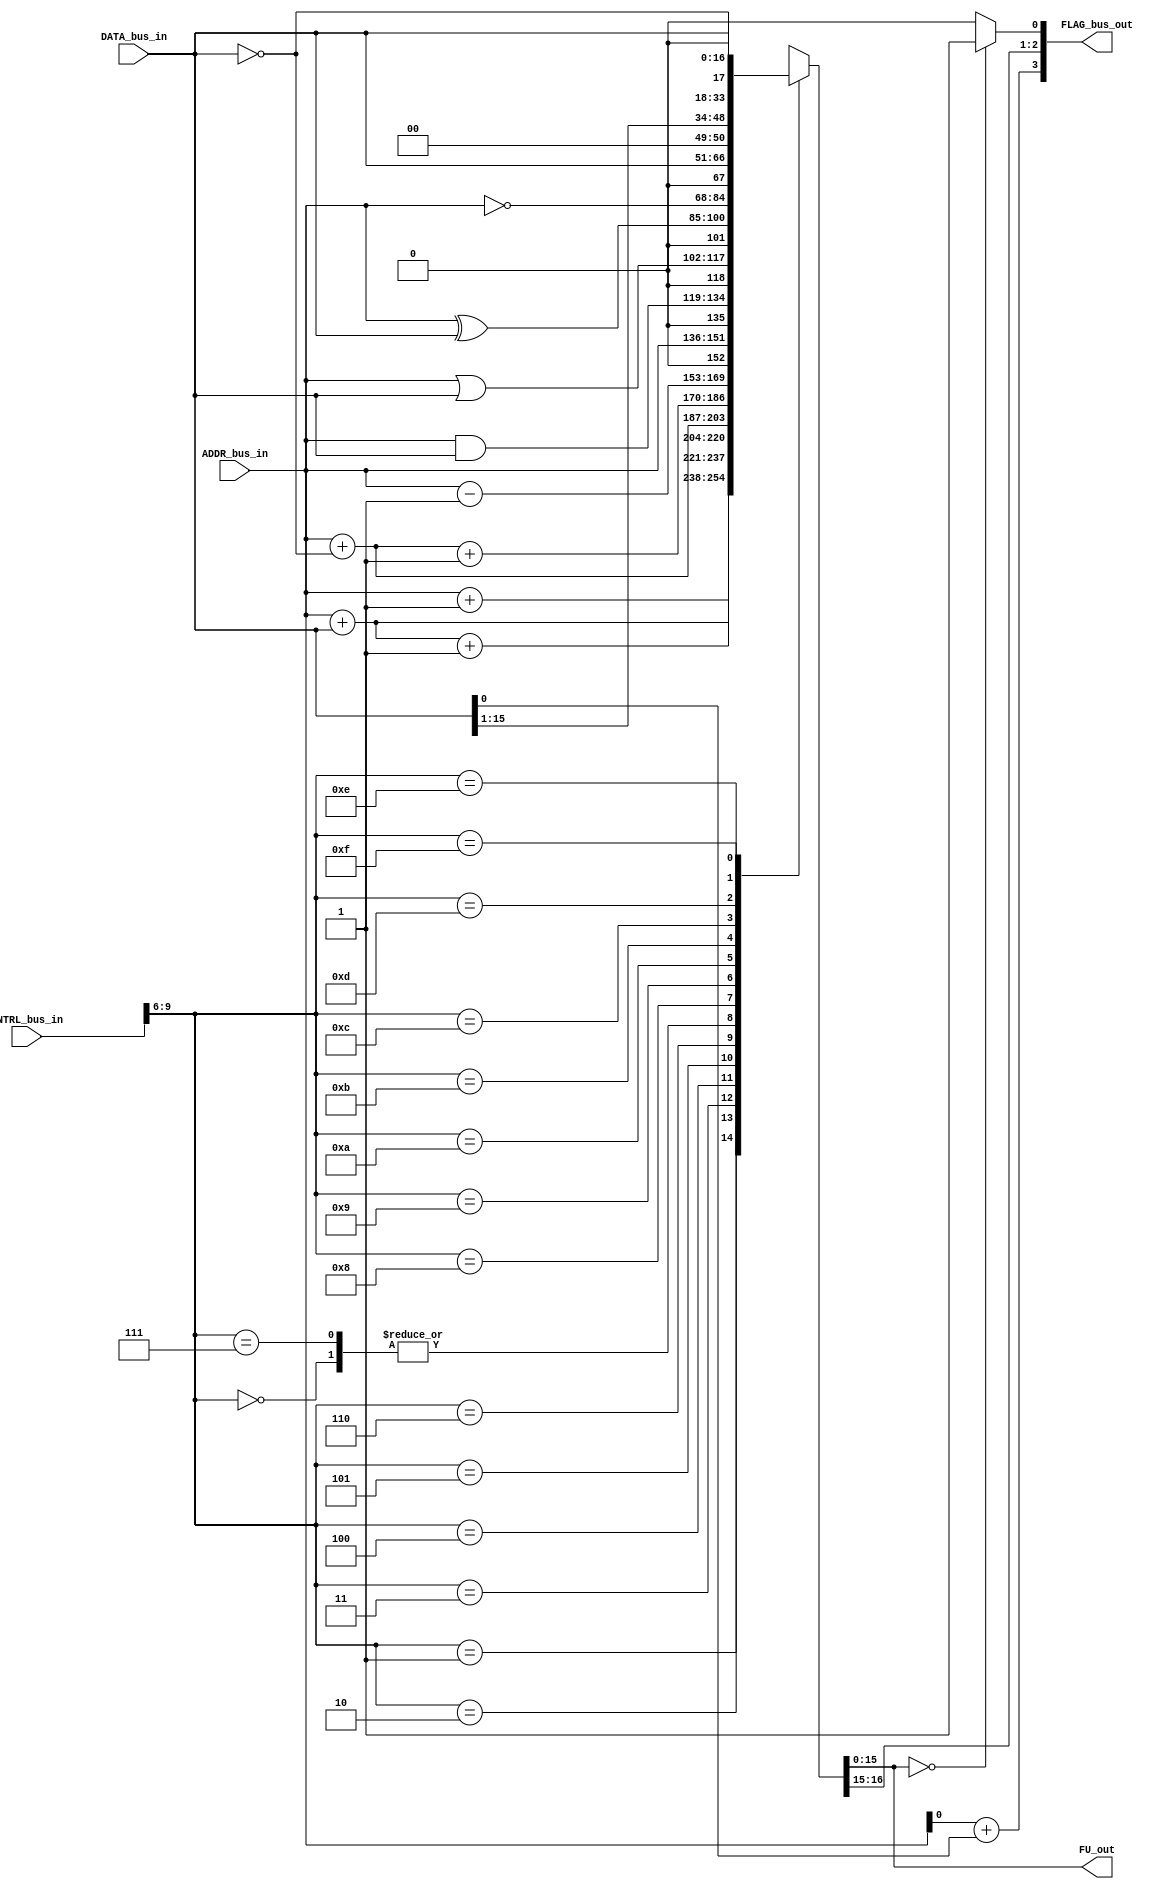
module Computer_Datapath_FunctionUnit(
	output reg [WORD_WIDTH-1:0] FU_out,
	output [ALU_FLAGS_WIDTH-1:0] FLAG_bus_out,
	input  [WORD_WIDTH-1:0] ADDR_bus_in, DATA_bus_in,
	input [CNTRL_WIDTH-1:0] CNTRL_bus_in
	);
parameter WORD_WIDTH = 16;
parameter DR_WIDTH = 3;
parameter SA_WIDTH = DR_WIDTH;
parameter SB_WIDTH = DR_WIDTH;
parameter OPCODE_WIDTH = 7;
parameter FS_WIDTH = 4;
parameter ALU_FLAGS_WIDTH = 4;
parameter CNTRL_FLAGS_WIDTH = 7;
parameter CNTRL_WIDTH = DR_WIDTH+SA_WIDTH+SB_WIDTH+FS_WIDTH+CNTRL_FLAGS_WIDTH;
wire [FS_WIDTH-1:0] FS = CNTRL_bus_in[9:6];
wire [WORD_WIDTH-2:0] V_temp = ADDR_bus_in[WORD_WIDTH-2:0]+DATA_bus_in[WORD_WIDTH-2:0];
wire V = V_temp[WORD_WIDTH-2:0];
wire N = FU_out[WORD_WIDTH-1];
wire Z = (!FU_out)?1'b1:1'b0;
reg C;
assign FLAG_bus_out = {V, C, N, Z};
always@(*) begin
	case(FS)
		4'b0000: {C, FU_out} = ADDR_bus_in;					
		4'b0001: {C, FU_out} = ADDR_bus_in+1;					
		4'b0010: {C, FU_out} = ADDR_bus_in+DATA_bus_in;		
		4'b0011: {C, FU_out} = ADDR_bus_in+DATA_bus_in+1;		
		4'b0100: {C, FU_out} = ADDR_bus_in+(~DATA_bus_in);	
		4'b0101: {C, FU_out} = ADDR_bus_in+(~DATA_bus_in)+1;	
		4'b0110: {C, FU_out} = ADDR_bus_in-1;					
		4'b0111: {C, FU_out} = ADDR_bus_in;					
		4'b1000: {C, FU_out} = ADDR_bus_in&DATA_bus_in;		
		4'b1001: {C, FU_out} = ADDR_bus_in|DATA_bus_in;		
		4'b1010: {C, FU_out} = ADDR_bus_in^DATA_bus_in;		
		4'b1011: {C, FU_out} = (~ADDR_bus_in);				
		4'b1100: {C, FU_out} = DATA_bus_in;					
		4'b1101: {C, FU_out} = (DATA_bus_in>>1);				
		4'b1110: {C, FU_out} = (DATA_bus_in<<1);				
		4'b1111: {C, FU_out} = (~DATA_bus_in);				
	endcase
end
endmodule